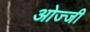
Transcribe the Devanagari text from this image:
ओज्जी